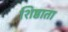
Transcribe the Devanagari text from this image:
शिष्ठाता